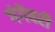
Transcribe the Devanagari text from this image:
गंगेवरी